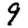
Digit: 9